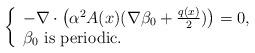
LaTeX: \begin{align*} \left\{\begin{array}{l} -\nabla \cdot \big(\alpha^2 A(x) (\nabla\beta_{0}+\frac{q(x)}{2})\big)=0,\\\beta_{0} \ \hbox{is periodic}.\\\end{array}\right. \end{align*}